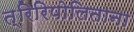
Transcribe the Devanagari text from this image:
त्रिरिपोलिताना